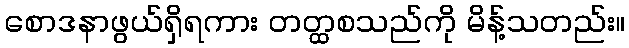
စောဒနာဖွယ်ရှိရကား တတ္ထစသည်ကို မိန့်သတည်း။